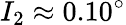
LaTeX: I_{2}\approx 0.10^{\circ}